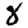
Digit: 8